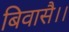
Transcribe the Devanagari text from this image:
बिवासै।।